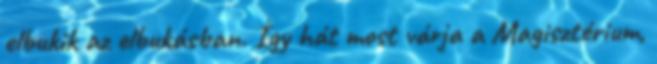
elbukik az elbukásban. Így hát most várja a Magisztérium,